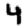
Digit: 4